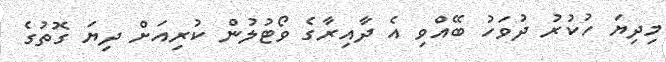
މިދިޔަ ހުކުރު ދުވަހު ބޭއްވި އެ ދާއިރާގެ ވޯޓުލުން ކުރިއަށް ދިޔަ ގޮތުގެ